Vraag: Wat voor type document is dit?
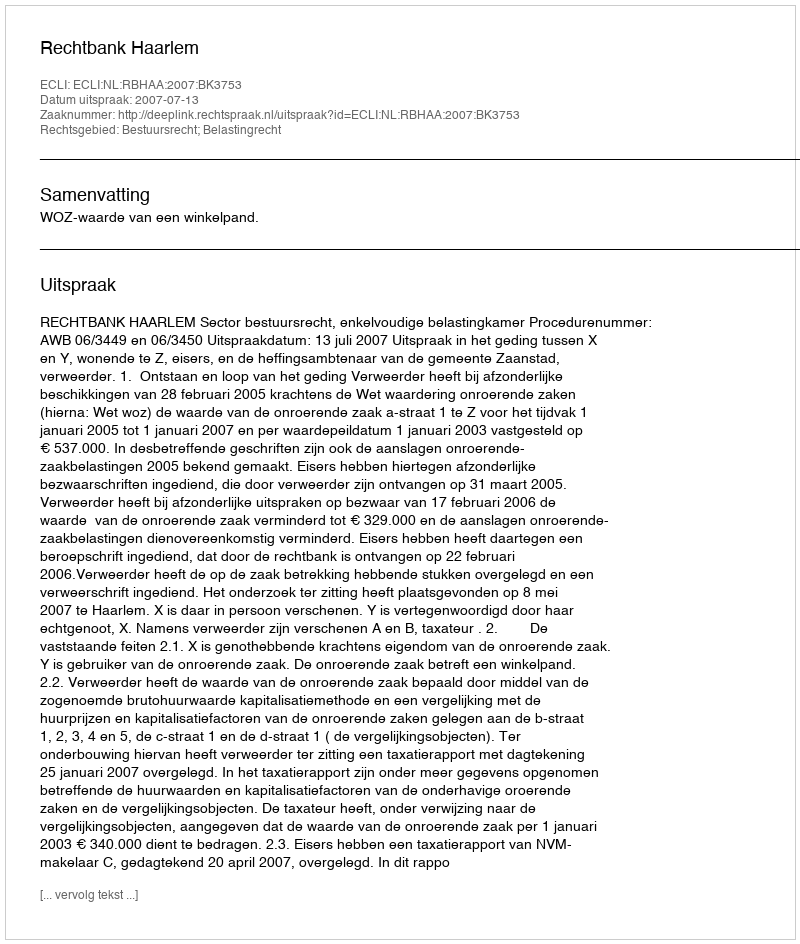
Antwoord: Uitspraak